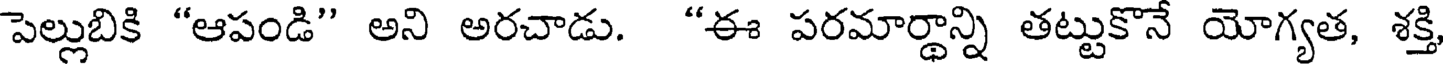
పెల్లుబికి "ఆపండి" అని అరచాడు. "ఈ పరమార్థాన్ని తట్టుకొనే యోగ్యత, శక్తి